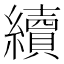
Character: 續